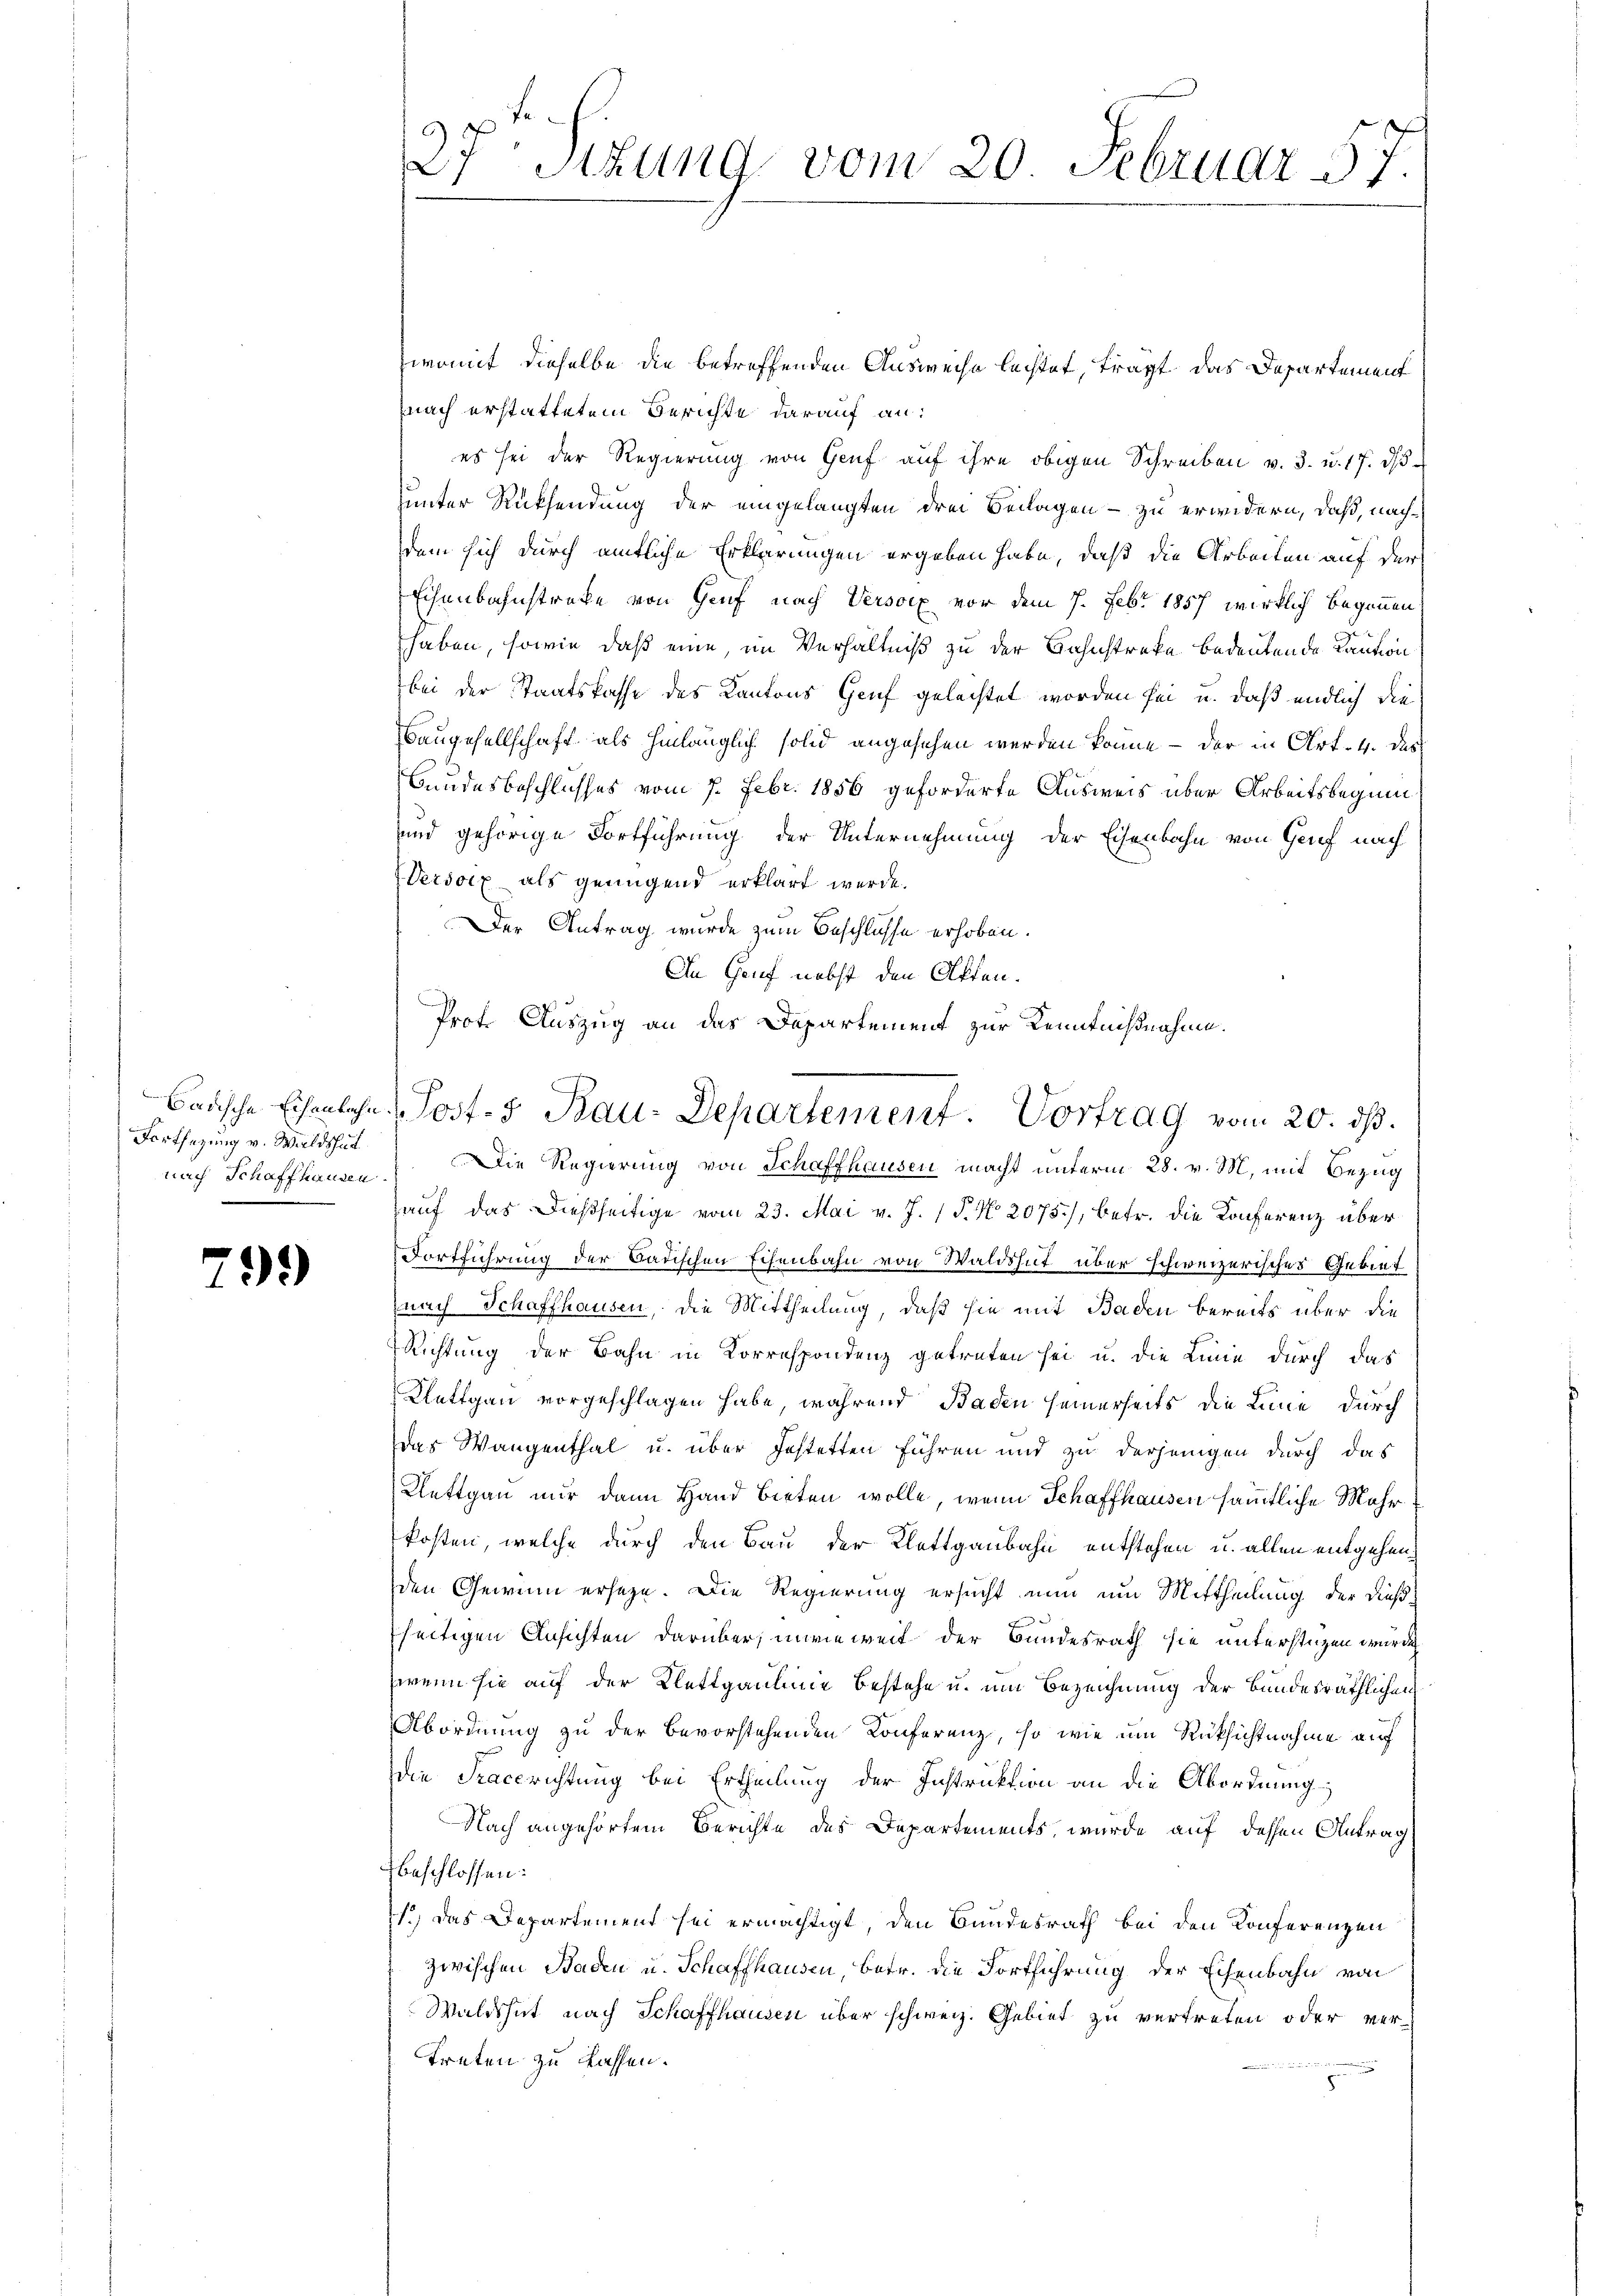
Fortsezung v. Waldshut
nach Schaffhausen.
e

799

zwomit dieselbe die betreffenden Ausweise lechtet, tragt das Departement
nach erstattetem Berichte darauf an:
es sei der Regierung von Genf aŭf ihre obigen Schreiben v. 3. u. 17. dβ.
unter Rücksendung der eingelangten drei Beilagen - zu erwidern, daß, nachdem sich durch amtliche Erklärungen ergeben habe, daß die Arbeiten auf der
Eisenbahnstreke von Genf nach Versoex vor dem 7. Febr. 1857 wirklich begonnen
haben, sowie daß eine, im Verhältniß zu der Bahnstreke bedeutende Kaution
bei der Staatskasse des Kantons Genf gelachtet worden sei u. daß endlich die
Baugesellschaft als hinlänglich solid angesehen werden könne — der in Art. 4. des
Bundesbeschlusses vom 7. Febr. 1856 geforderte Ausweis über Arbeitsbeginn
und gehörige Fortführung der Unternehmung der Eisenbahn von Genf nach
Verdoix als genügend erklärt werde.
Der Antrag wurde zum Beschlusse erhoben.
In Genf nebst den Akten.
Die Regierung von Schaffhausen macht unterm 28. v. M. mit Bezug
auf das dießseitige vom 23. Mai v. J. 1 P. No 2075), betr. die Konferenz über
Fortführung der Badischen Eisenbahn von Waldshut über schweizerisches Gebiet
(nach Schaffhausen, die Mittheilung, daß sie mit Baden bereits über die
Richtung der Bahn in Korrespondenz getreten sei u. die Linie durch das
Klettgau vorgeschlagen habe, während Baden seinerseits die Linie durch
das Wangenthal u. über Fastetten führen und zu derjenigen durch das
Klettgau nur dann Hand bieten wolle, wenn Schaffhausen sämmtliche Mehrkosten, welche durch den Bau der Klettgaubahn entstehen u. allen entgehenden Gewinn erseze. Die Regierung ersucht nun um Mittheilung der dießseitigen Ansichten darüber, inwieweit der Bundesrath sie unterstüzen wurde
wenn sie auf der Klettgaulinie bestehe u. um Bezeichnung der Bundesräthlichen
Abordnung zu der bevorstehenden Konferenz, so wie um Rücksichtnahme auf
die Sacerichtung bei Ertheilung der Instruktion an die Abordnung
Nach angehörtem Berichte des Departements, wurde auf dessen Antrag
beschlossen:
1.) Das Departement sei ermächtigt, den Bundesrath bei den Konferenzen
zwischen Baden u. Schaffhausen, betr. die Fortführung der Eisenbahn von
Waldshut nach Schaffhausen über schweiz. Gebiet zu vertreten oder ver-
treten zu lassen.

27. Sizung vom 20. Februar 57.

Prot. Auszug an das Departement zur Kenntnißnahme.
Badische Eisenlohe Post 3 Bau-Departement. Vortrag vom 20. ds.